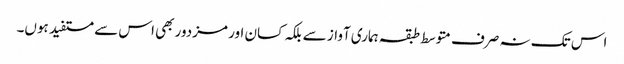
اس تک نہ صرف متوسط طبقہ ہماری آواز سے بلکہ کسان اور مزدور بھی اس سے مستفید ہوں۔